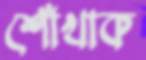
শোঁখাক